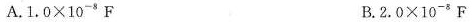
A.$$1.0 \times 1 0 ^ { - 8 } F$$ B.$$2 . 0 × 1 0 ^ { - 8 } F$$